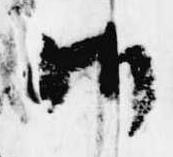
御